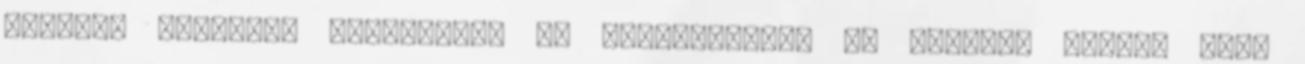
tervek. Időnként revidiálom az eredetieket, de végülis adott, mert